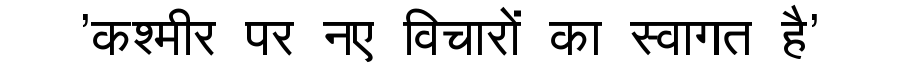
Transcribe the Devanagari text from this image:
'कश्मीर पर नए विचारों का स्वागत है'